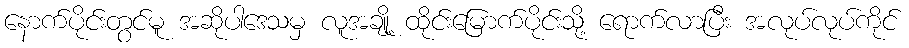
နောက်ပိုင်းတွင်မူ အဆိုပါဒေသမှ လူအချို့ ထိုင်းမြောက်ပိုင်းသို့ ရောက်လာပြီး အလုပ်လုပ်ကိုင်